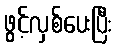
ဖွင့်လှစ်ပေးပြီး